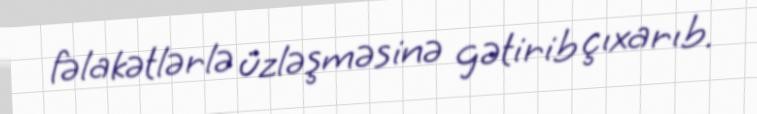
fəlakətlərlə üzləşməsinə gətirib çıxarıb.